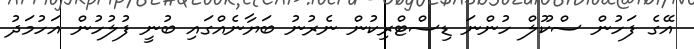
އޭގެ ފަހުން ސްކޫލް ހުންނަ ޑިސްޓްރިކުން ނެރުނު ބަޔާނެއްގައި ބުނީ ފުލުހުން އަހުމަދު